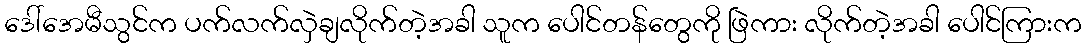
ဒေါ်အေမီသွင်က ပက်လက်လှဲချလိုက်တဲ့အခါ သူက ပေါင်တန်တွေကို ဖြဲကား လိုက်တဲ့အခါ ပေါင်ကြားက